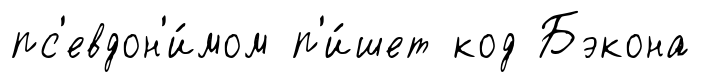
пс'евдон'и́мом п'и́шет код Бэкона